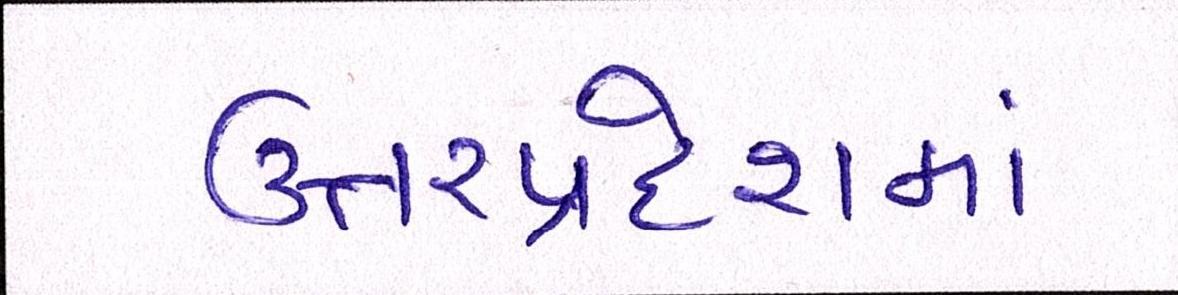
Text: ઉત્તરપ્રદેશમાં